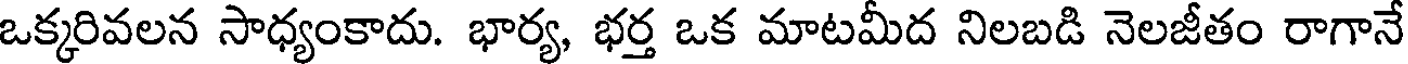
ఒక్కరివలన సాధ్యంకాదు. భార్య, భర్త ఒక మాటమీద నిలబడి నెలజీతం రాగానే